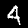
Digit: 4